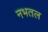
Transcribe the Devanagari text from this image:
नभतल